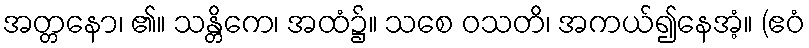
အတ္တနော၊ ၏။ သန္တိကေ၊ အထံ၌။ သစေ ဝသတိ၊ အကယ်၍နေအံ့။ (ဧဝံ